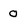
Character: 0